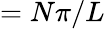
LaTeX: =N\pi/L